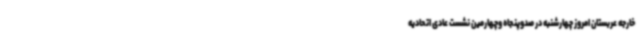
خارجه عربستان امروز چهارشنبه در صدوپنجاه وچهارمین نشست عادی اتحادیه